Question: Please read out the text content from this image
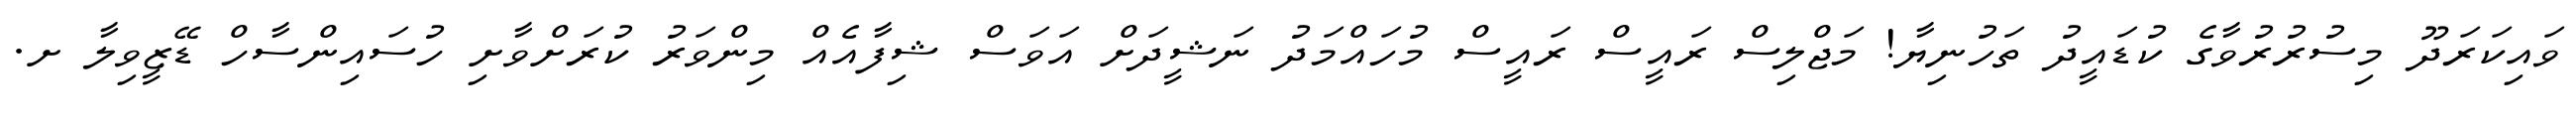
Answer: ވައިކަރަދޫ މިސުރުރުވާގެ ކުޑައީދު ތަހުނިޔާ! މަޖްލިސް ރައީސް ރައީސް މުހައްމަދު ނަޝީދަށް އަވަސް ޝިފާއެއް މިންވަރު ކުރަށްވާށި ހުސައިންސާހް ޑޭޒީވިލާ ށ.